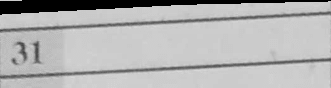
Transcription: c5